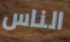
الناس